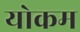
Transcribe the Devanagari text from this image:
योकम